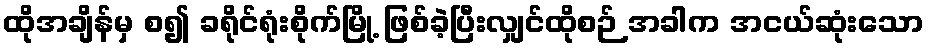
ထိုအချိန်မှ စ၍ ခရိုင်ရုံးစိုက်မြို့ ဖြစ်ခဲ့ပြီးလျှင်ထိုစဉ် အခါက အငယ်ဆုံးသော